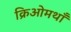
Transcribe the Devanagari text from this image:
क्रिओमथाँ